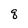
Character: q